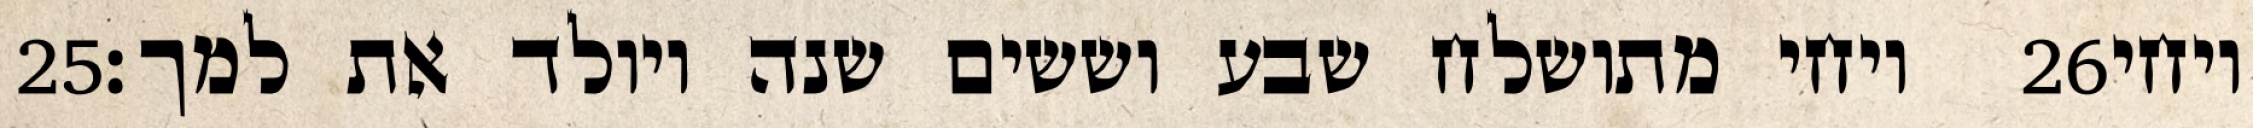
‎25‏ ויחי מתושלח שבע וששים שנה ויולד את למך׃ ‎26‏ ויחי